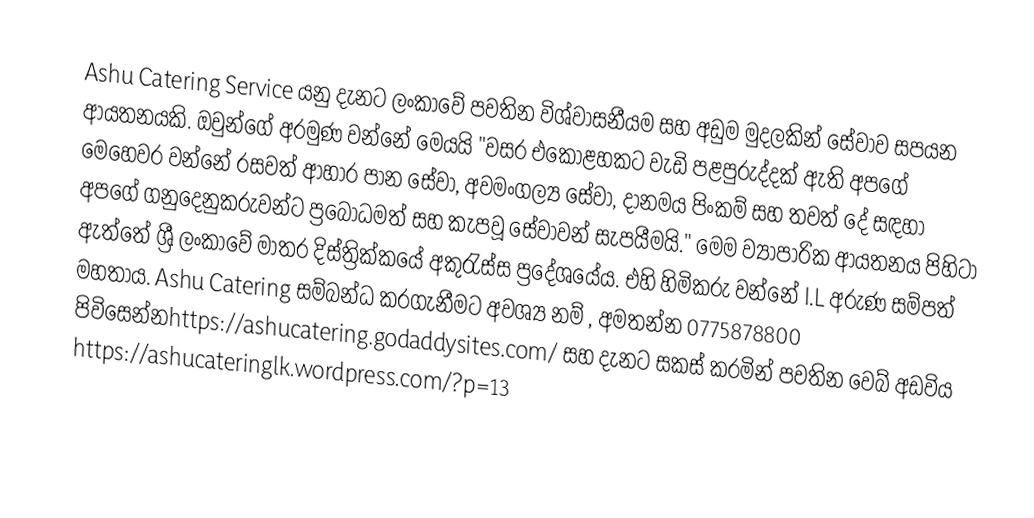
Ashu Catering Service යනු දැනට ලංකාවේ පවතින විශ්වාසනීයම සහ අඩුම මුදලකින් සේවාව සපයන ආයතනයකි. ඔවුන්ගේ අරමුණ වන්නේ මෙයයි "වසර එකොළහකට වැඩි පළපුරුද්දක් ඇති අපගේ මෙහෙවර වන්නේ රසවත් ආහාර පාන සේවා, අවමංගල්‍ය සේවා, දානමය පිංකම් සහ තවත් දේ සඳහා අපගේ ගනුදෙනුකරුවන්ට ප්‍රබෝධමත් සහ කැපවූ සේවාවන් සැපයීමයි." මෙම ව්‍යාපාරික ආයතනය පිහිටා ඇත්තේ ශ්‍රී ලංකාවේ මාතර දිස්ත්‍රික්කයේ අකුරැස්ස ප්‍රදේශයේය. එහි හිමිකරු වන්නේ I.L අරුණ සම්පත් මහතාය. Ashu Catering  සම්බන්ධ කරගැනීමට අවශ්‍ය නම් ,  අමතන්න 0775878800  පිවිසෙන්නhttps://ashucatering.godaddysites.com/ සහ දැනට සකස් කරමින් පවතින වෙබ් අඩවිය https://ashucateringlk.wordpress.com/?p=13